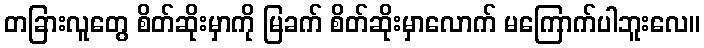
တခြားလူတွေ စိတ်ဆိုးမှာကို မြခက် စိတ်ဆိုးမှာလောက် မကြောက်ပါဘူးလေ။